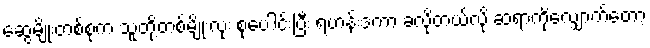
ဆွေမျိုးတစ်စုက သူတို့တစ်မျိုးလုံး စုပေါင်းပြီး ရဟန်းဒကာ ခံလိုတယ်လို့ ဆရာကိုလျှောက်တော့